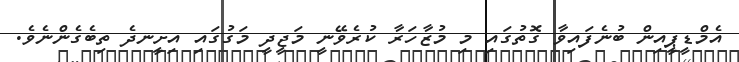
އެމްޑީޕީއިން ބުނެފައިވާ ގޮތުގައި މި މުޒާހަރާ ކުރެވޭނީ މަޖީދީ މަގުގައި އިށީނދެ ތިބެގެންނެވެ.